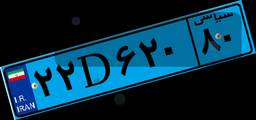
۲۲D۶۲۰۸۰